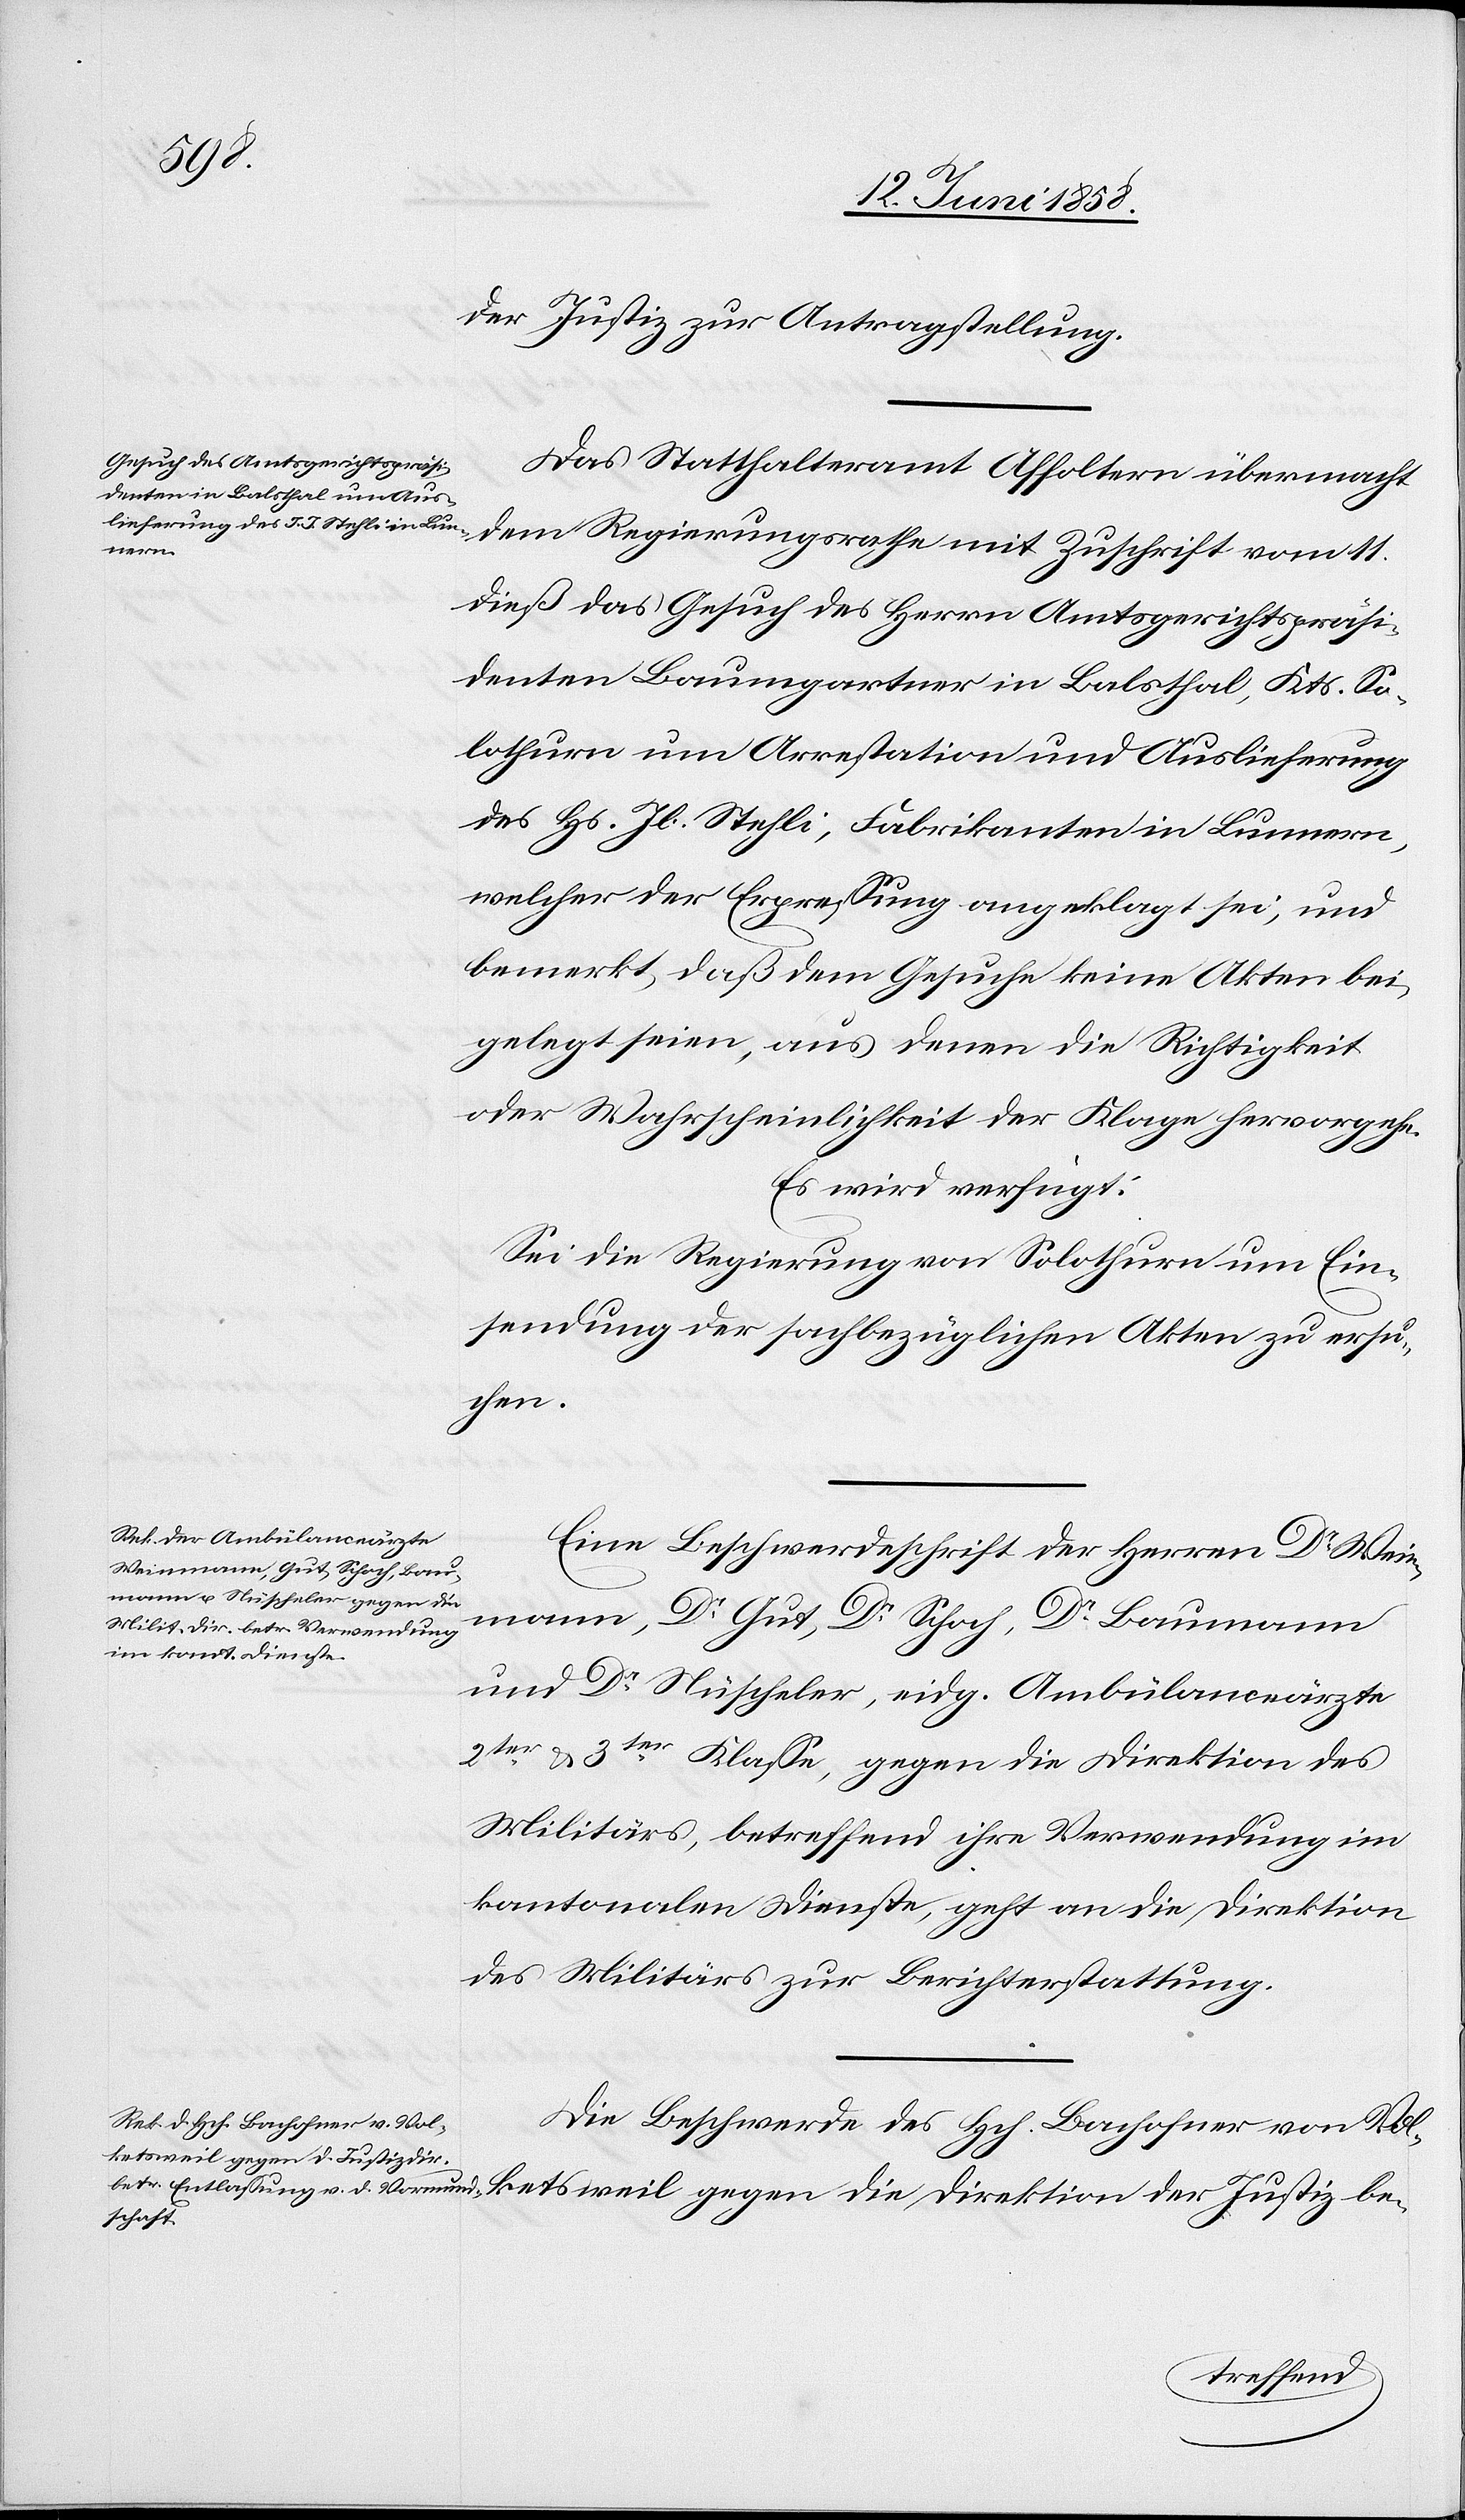
Justiz
14. Juni 1858.]
der Justiz zur Antragstellung.
Das Statthalteramt Affoltern übermacht
dem Regierungsrathe mit Zuschrift vom 11.
dieß das Gesuch des Herrn Amtsgerichtspräsi¬
denten Baumgartner in Balsthal, Kts. So¬
lothurn um Arrestation und Auslieferung
des Hs. Jb. Stehli, Fabrikanten in Lunnern,
welcher der Erpressung angeklagt sei, und
bemerkt, daß dem Gesuche keine Akten bei¬
gelegt seien, aus denen die Richtigkeit
oder Wahrscheinlichkeit der Klage hervorgehe.
Es wird verfügt:
Sei die Regierung von Solothurn um Ein¬
sendung der sachbezüglichen Akten zu ersu¬
chen.
Eine Beschwerdeschrift der Herren Dr Wein¬
mann, Dr Gut, Dr Schoch, Dr Baumann
und Dr Nüscheler, eidg. Ambülanceärzte
2ter & 3ter Klasse, gegen die Direktion des
Militärs, betreffend ihre Verwendung im
kantonalen Dienste, geht an die Direktion
des Militärs zur Berichterstattung.
Die Beschwerde des Hch. Bachofner von Vol¬
der